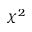
\chi ^ { 2 }